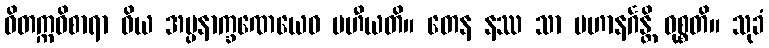
ဝိတက္ကဝိစာရာ ဝိယ အပ္ပနာက္ခဏေယေဝ ပဟီယတိ။ တေန နဿ သာ ပဟာနင်္ဂန္တိ ဝုစ္စတိ။ သုခံ